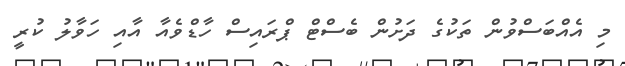
މި އެއްބަސްވުން ތަކުގެ ދަށުން ބެސްޓް ޕްރައިސް ހާޑްވެއާ އާއި ހަވާލު ކުރީ